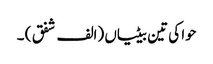
حوا کی تین بیٹیاں (الف شفق ) ۔